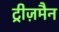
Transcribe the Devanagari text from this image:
ट्रीज़मैन